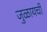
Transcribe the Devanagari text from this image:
जुळायची